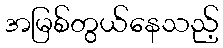
အမြစ်တွယ်နေသည့်